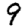
Digit: 9